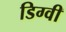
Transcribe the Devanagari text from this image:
डिग्वी